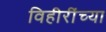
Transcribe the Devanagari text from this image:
विहीरींच्या